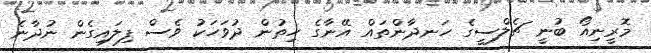
މޮރީނިއޯ ބުނީ ޗެލްސީގެ ހަނދާންތައް އޭނާގެ ހިތުން ދުވަހަކު ވެސް ފިލައިގެން ނުދާނެ